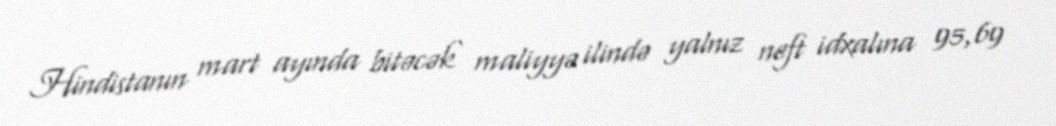
Hindistanın mart ayında bitəcək maliyyə ilində yalnız neft idxalına 95,69